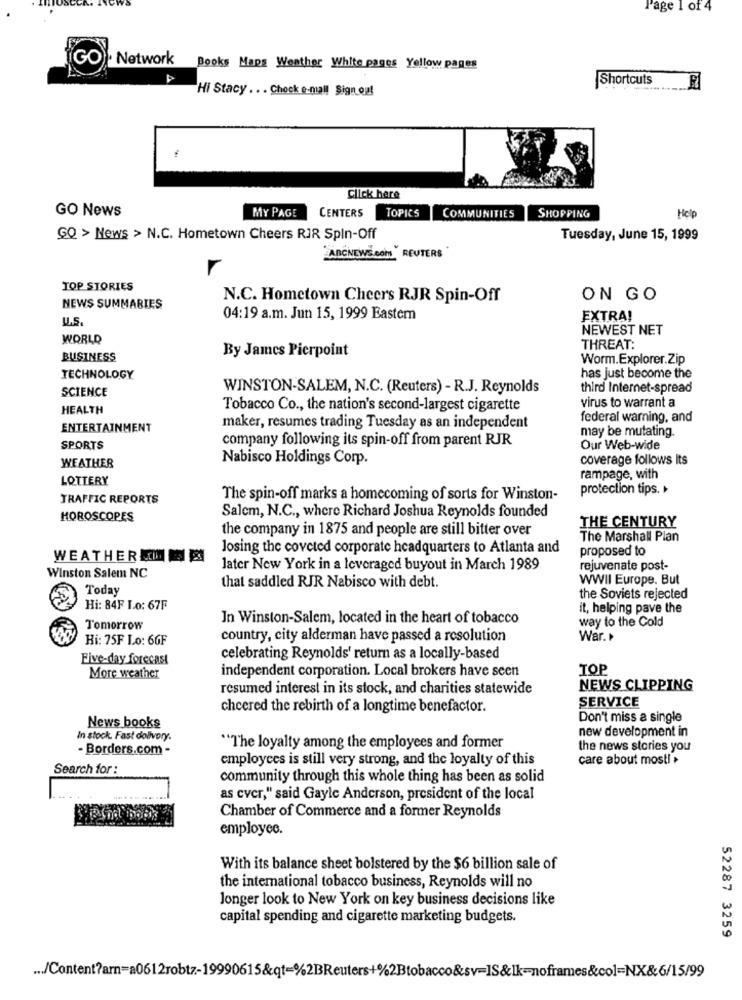
Page 1 of 4
GO . Network
Books Maps Weather White pages Yellow pages
Shortcuts
Hi Stacy ... Chock e-mail Sign out
Click here
GO News
MY PAGE
CENTERS
TOPICS
SHOPPING
COMMUNITIES
Help
GQ > News > N.C. Hometown Cheers RIR Spin-Off
Tuesday, June 15, 1999
ABCNEWS.com . REUTERS
TOP STORIES
N.C. Hometown Cheers RJR Spin-Off
ON GO
NEWS SUMMARIES
U.S.
04:19 a.m. Jun 15, 1999 Eastem
EXTRA!
NEWEST NET
WORLD
By James Pierpoint
THREAT:
BUSINESS
Worm.Explorer.Zip
TECHNOLOGY
has just become the
SCIENCE
WINSTON-SALEM, N.C. (Reuters) - R.J. Reynolds
third Internet-spread
virus to warrant a
HEALTH
Tobacco Co ., the nation's second-largest cigarette
federal warning, and
ENTERTAINMENT
maker, resumes trading Tuesday as an independent
may be mutating.
company following its spin-off from parent RJR
SPORTS
Our Web-wide
WEATHER
Nabisco Holdings Corp.
coverage follows Its
LOTTERY
rampage, with
protection tips. +
TRAFFIC REPORTS
The spin-off marks a homecoming of sorts for Winston-
HOROSCOPES
Salem, N.C ., where Richard Joshua Reynolds founded
the company in 1875 and people are still bitter over
THE CENTURY
The Marshall Plan
losing the coveted corporate headquarters to Atlanta and
proposed to
WEATHER
later New York in a leveraged buyout in March 1989
rejuvenate post-
Winston Salem NC
WWII Europe. But
Today
that saddled RJR Nabisco with debt.
the Soviets rejected
Hi: 84F Lo: 67F
it, helping pave the
In Winston-Salem, located in the heart of tobacco
way to the Cold
Tomorrow
Hi: 75F Lo: 6GF
country, city alderman have passed a resolution
War.
Five-day forecast
celebrating Reynolds' return as a locally-based
independent corporation. Local brokers have seen
TOP
More weather
resumed interest in its stock, and charities statewide
NEWS CLIPPING
SERVICE
cheered the rebirth of a longtime benefactor.
Don't miss a single
News books
new development in
In stock. Fast delivery.
- Borders.com -
"The loyalty among the employees and former
the news stories you
employees is still very strong, and the loyalty of this
care about most! »
Search for :
community through this whole thing has been as solid
as cvcr," said Gayle Anderson, president of the local
Chamber of Commerce and a former Reynolds
employee.
With its balance sheet bolstered by the $6 billion sale of
the international tobacco business, Reynolds will no
Jonger look to New York on key business decisions like
capital spending and cigarette marketing budgets.
52287 3259
... /Content?arn=a0612robtz-19990615&qt=%2BReuters+%2Btobacco&sv=IS&Ik-noframes&col=NX&6/15/99